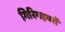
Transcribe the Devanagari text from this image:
गिरिगहवरों